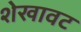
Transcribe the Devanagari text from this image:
शेखावट